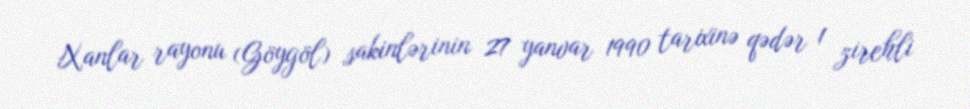
Xanlar rayonu (Göygöl) sakinlərinin 27 yanvar 1990 tarixinə qədər 1 zirehli